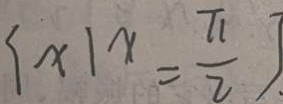
\{ x \vert x = \frac { \pi } { 2 } \}